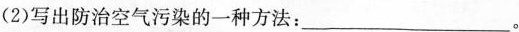
(2)写出防治空气污染的一种方法：___。